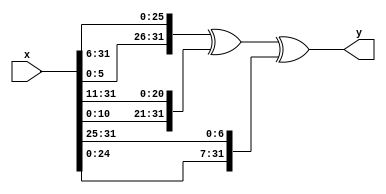
module e1 (x, y);
	input [31:0] x;
	output [31:0] y;
	assign y = {x[5:0],x[31:6]} ^ {x[10:0],x[31:11]} ^ {x[24:0],x[31:25]};
endmodule